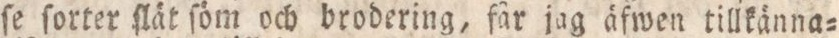
ſe ſorter ſlät ſöm och brodering, får jag äfwen tillkänna=